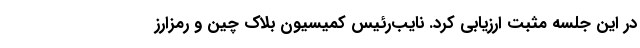
در اين جلسه مثبت ارزيابی كرد. نايب‌رئيس كميسيون بلاك چين و رمزارز